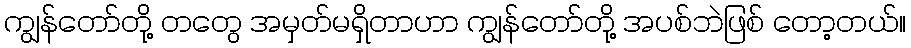
ကျွန်တော်တို့ တတွေ အမှတ်မရှိတာဟာ ကျွန်တော်တို့ အပစ်ဘဲဖြစ် တော့တယ်။